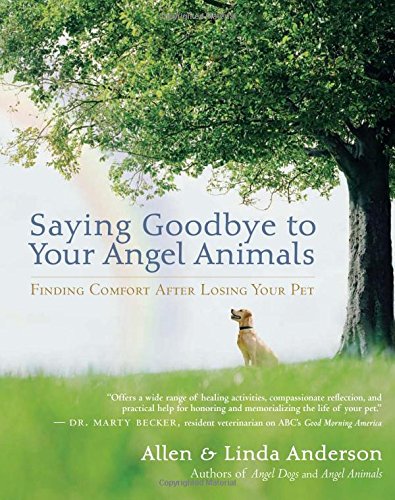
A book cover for Saying Goodbye to Your Angel Animals: Finding Comfort after Losing Your Pet; Allen Anderson; Self-Help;